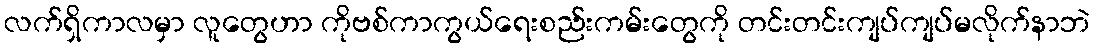
လက်ရှိကာလမှာ လူတွေဟာ ကိုဗစ်ကာကွယ်ရေးစည်းကမ်းတွေကို တင်းတင်းကျပ်ကျပ်မလိုက်နာဘဲ